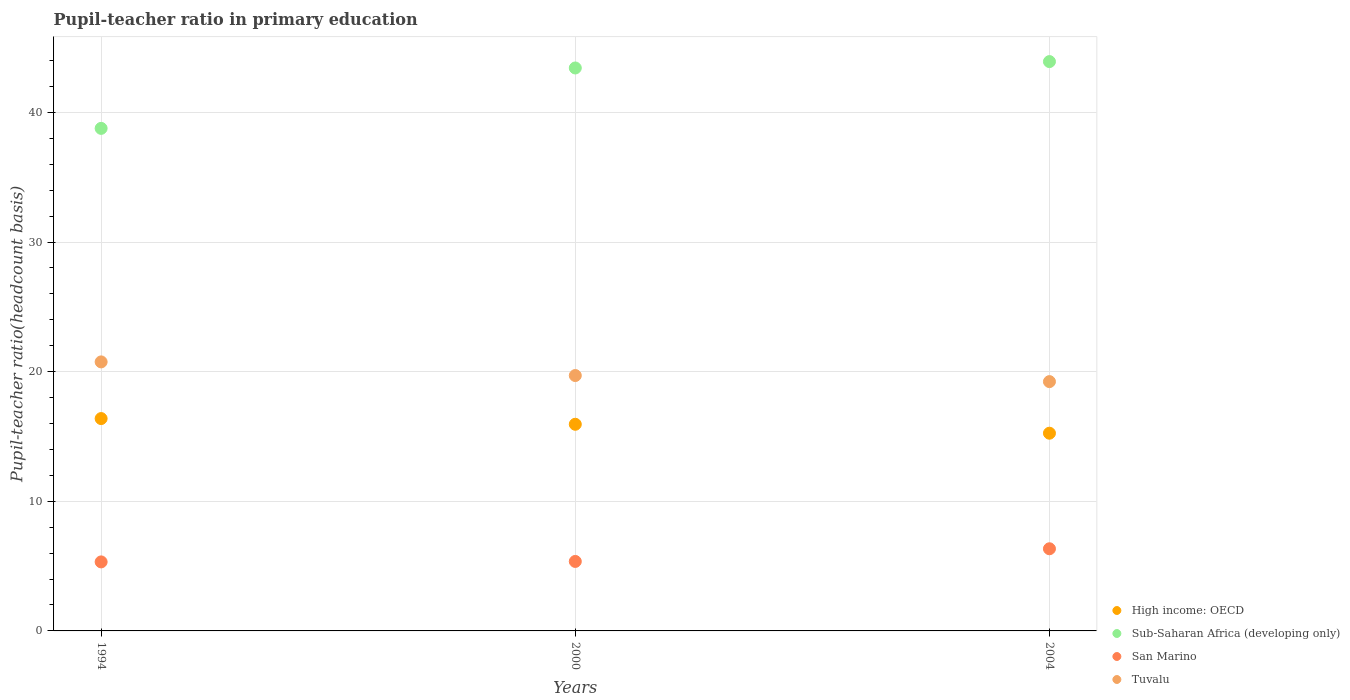
| Years | High income: OECD | Sub-Saharan Africa (developing only) | San Marino | Tuvalu |
 | --- | --- | --- | --- | --- |
 | 1994 | 16.4 | 38.8 | 5.32 | 20.8 |
 | 2000 | 15.9 | 43.4 | 5.36 | 19.7 |
 | 2004 | 15.3 | 43.9 | 6.34 | 19.2 |